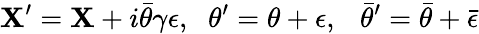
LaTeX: {\mathbf{X}^{\prime}=\mathbf{X}+i\bar{{\theta}}\gamma\epsilon,}{}~~~{\theta^{\prime}=\theta+\epsilon,~~~{\bar{{\theta}}}^{\prime}=\bar{{\theta}}+\bar{{\epsilon}}}